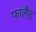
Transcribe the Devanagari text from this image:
फालैंड